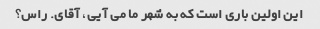
این اولین باری است که به شهر ما می آیی، آقای. راس؟